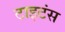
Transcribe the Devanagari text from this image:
टाइटंस